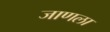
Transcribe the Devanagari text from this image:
जाणला